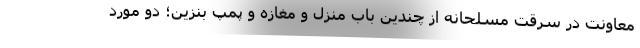
معاونت در سرقت مسلحانه از چندین باب منزل و مغازه و پمپ بنزین؛ دو مورد